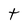
Character: t